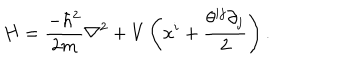
H = \frac { - \hbar ^ { 2 } } { 2 m } \nabla ^ { 2 } + V \left( x ^ { i } + \frac { \theta ^ { i j } \partial _ { j } } { 2 } \right) .